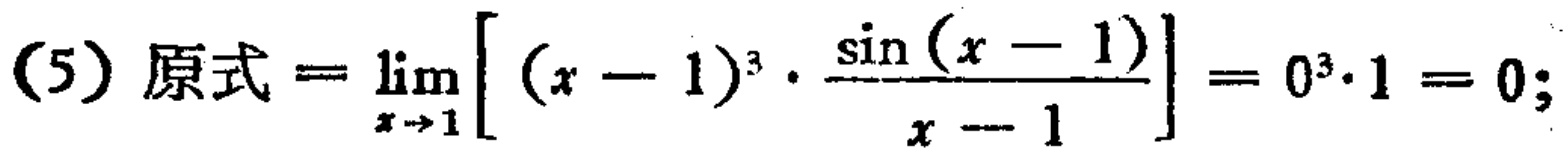
(5) 原式\(=\lim_{x \to 1}\left[(x - 1)^3\cdot\frac{\sin(x - 1)}{x - 1}\right]=0^3\cdot1 = 0;\)